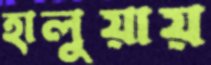
হালুয়ায়